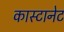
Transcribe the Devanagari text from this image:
कास्टानेट